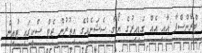
ޓްރާންސްފާ އާއި އެއް ގަޑިއިރުގެ ޔޯގާ ސެޝަނެއްގެ އިތުރުން ޖެޓް ސްކީގައި ޓުއިން